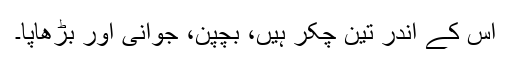
اس کے اندر تین چکّر ہیں، بچپن، جوانی اور بڑھاپا۔